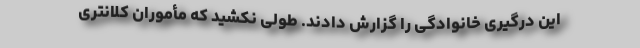
این درگیری خانوادگی را گزارش دادند. طولی نکشید که مأموران کلانتری